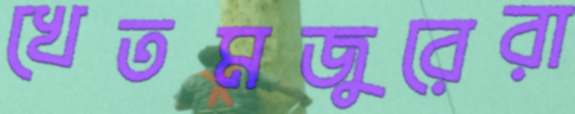
খেতমজুরেরা